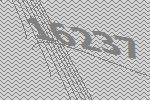
16237